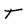
Character: T